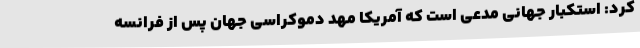
کرد: استکبار جهانی مدعی است که آمریکا مهد دموکراسی جهان پس از فرانسه